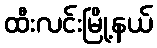
ထီးလင်းမြို့နယ်